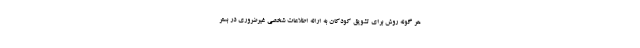
هر گونه روش برای تشویق کودکان به ارائه اطلاعات شخصی غیرضروری در بستر